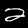
Digit: 2